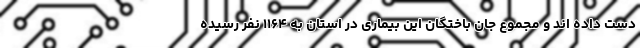
دست داده اند و مجموع جان باختگان این بیماری در استان به ۱۱۶۴ نفر رسیده